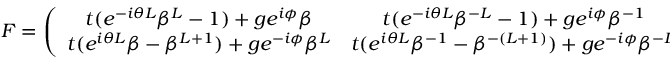
\begin{array} { r } { F = \left( \begin{array} { c c } { t ( e ^ { - i \theta L } \beta ^ { L } - 1 ) + g e ^ { i \phi } \beta } & { t ( e ^ { - i \theta L } \beta ^ { - L } - 1 ) + g e ^ { i \phi } \beta ^ { - 1 } } \\ { t ( e ^ { i \theta L } \beta - \beta ^ { L + 1 } ) + g e ^ { - i \phi } \beta ^ { L } } & { t ( e ^ { i \theta L } \beta ^ { - 1 } - \beta ^ { - ( L + 1 ) } ) + g e ^ { - i \phi } \beta ^ { - L } } \end{array} \right) , } \end{array}